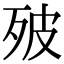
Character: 㱟